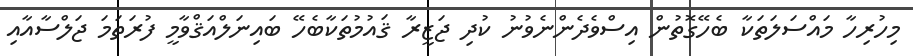
މިހުރިހާ މައްސަލަތަކާ ބެހޭގޮތުން އިސްވެދެންނެވުނު ކުދި ޖަޒީރާ ޤައުމުތަކާބެހޭ ބައިނަލްއަޤްވާމީ ފުރަތަމަ ޖަލްސާއާއި